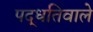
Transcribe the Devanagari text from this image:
पद्धतिवाले